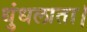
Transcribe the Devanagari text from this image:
धुंधलाता।